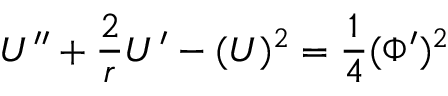
U ^ { \prime \prime } + \frac { 2 } { r } U ^ { \prime } - ( U ) ^ { 2 } = { \frac { 1 } { 4 } } ( \Phi ^ { \prime } ) ^ { 2 }